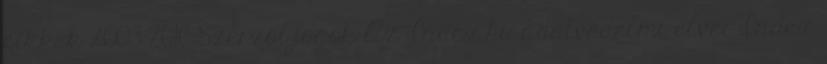
cikkek 2003-2016 Szerzői jogok Az Index.hu adatvédelmi elvei Index